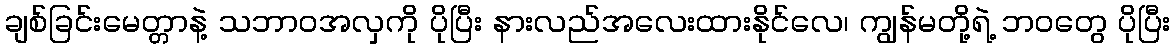
ချစ်ခြင်းမေတ္တာနဲ့ သဘာဝအလှကို ပိုပြီး နားလည်အလေးထားနိုင်လေ၊ ကျွန်မတို့ရဲ့ ဘဝတွေ ပိုပြီး